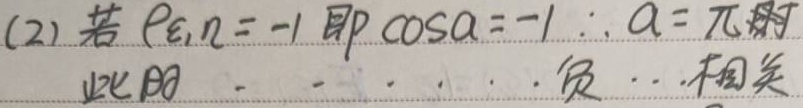
(2) 若\(\rho_{\xi,\eta}=-1\)即\(\cos\alpha = -1\)，\(\therefore\alpha = \pi\)时，此时，负相关。